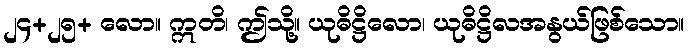
၂၄+၂၅+ လော။ ဣတိ၊ ဤသို့။ ယုဓိဋ္ဌိလော၊ ယုဓိဋ္ဌိလအနွယ်ဖြစ်သော။